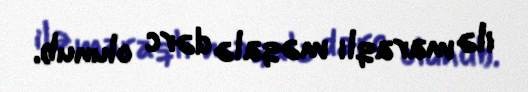
ilə maraqlı məqalə dərc olunub.